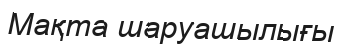
Мақта шаруашылығы